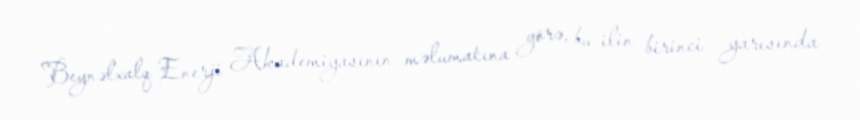
Beynəlxalq Enerji Akademiyasının məlumatına görə, bu ilin birinci yarısında